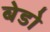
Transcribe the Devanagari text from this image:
बेडो